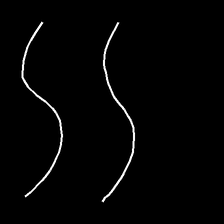
Glyph: float